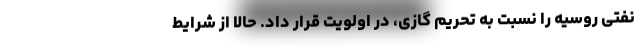
نفتی روسیه را نسبت به تحریم گازی، در اولویت قرار داد. حالا از شرایط